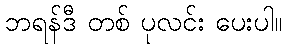
ဘရန်ဒီ တစ် ပုလင်း ပေးပါ။